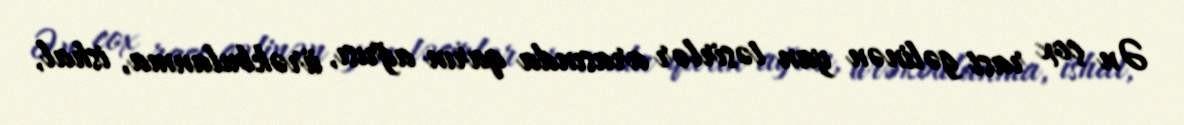
Ən çox rast gəlinən yan təsirlər arasında qarın ağrısı, ürəkbulanma, ishal,